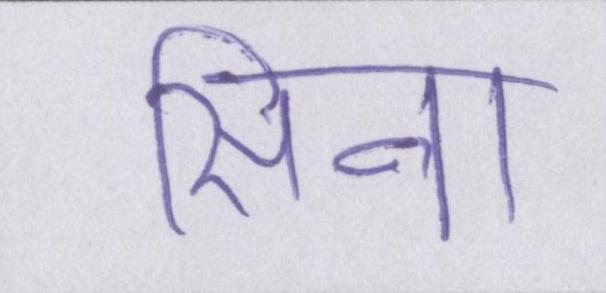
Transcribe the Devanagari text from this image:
सीना